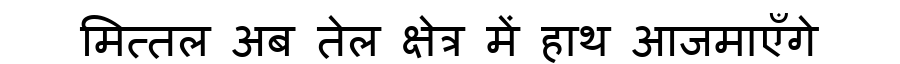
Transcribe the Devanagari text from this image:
मित्तल अब तेल क्षेत्र में हाथ आजमाएँगे